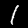
Label: 1